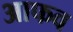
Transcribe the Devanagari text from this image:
आफव